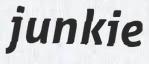
junkie